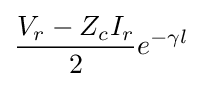
{\frac {V_{r}-Z_{c}I_{r}}{2}}e^{-\gamma l}